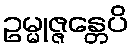
ဥမ္မုဇ္ဇန္တေပိ